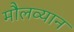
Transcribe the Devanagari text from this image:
मौलव्यान